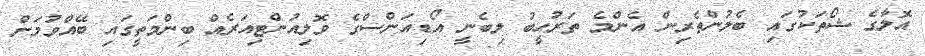
އޮލާގެ ޝޯތަކުގައި ބެލުންތެރިން އެންމެ ތަރުހީބު ލިބެނީ އޯޑިއަންސްގެ ވޮލިއުންޓިއަރެއް ބިންމަތީގައި ބޭއްވުމަށް